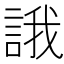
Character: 誐